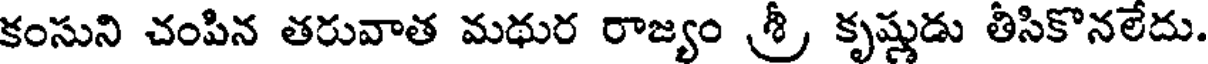
కంసుని చంపిన తరువాత మథుర రాజ్యం శ్రీ కృష్ణుడు తీసికొనలేదు.